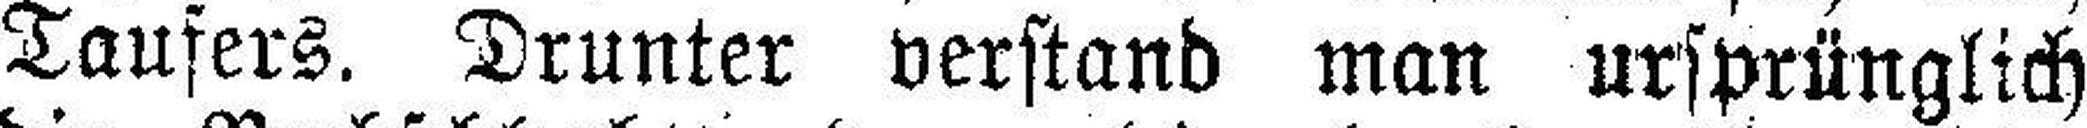
Taufers. Drunter verstand man ursprünglich